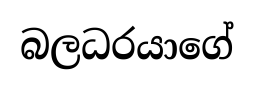
බලධරයාගේ